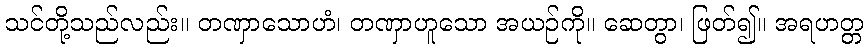
သင်တို့သည်လည်း။ တဏှာသောဟံ၊ တဏှာဟူသော အယဉ်ကို။ ဆေတွာ၊ ဖြတ်၍။ အရဟတ္တ